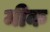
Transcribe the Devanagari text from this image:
मीक